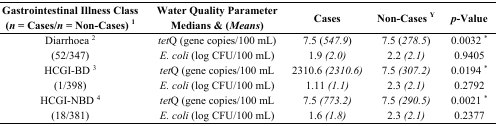
| Gastrointestinal Illness Class (n = Cases/n = Non-Cases) 1 | Water Quality Parameter Medians & (Means) | Cases | Non-Cases Y | p-Value |
 | --- | --- | --- | --- | --- |
 | Diarrhoea 2 | tetQ (gene copies/100 mL) | 7.5 (547.9) | 7.5 (278.5) | 0.0032 * |
 | (52/347) | E. coli (log CFU/100 mL) | 1.9 (2.0) | 2.2 (2.1) | 0.9405 |
 | HCGI-BD 3 | tetQ (gene copies/100 mL | 2310.6 (2310.6) | 7.5 (307.2) | 0.0194 * |
 | (1/398) | E. coli (log CFU/100 mL) | 1.11 (1.1) | 2.3 (2.1) | 0.2792 |
 | HCGI-NBD 4 | tetQ (gene copies/100 mL | 7.5 (773.2) | 7.5 (290.5) | 0.0021 * |
 | (18/381) | E. coli (log CFU/100 mL) | 1.6 (1.8) | 2.3 (2.1) | 0.2377 |